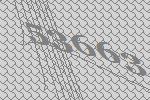
53663